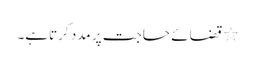
٭ قضائے حاجت پر مدد کرتاہے۔